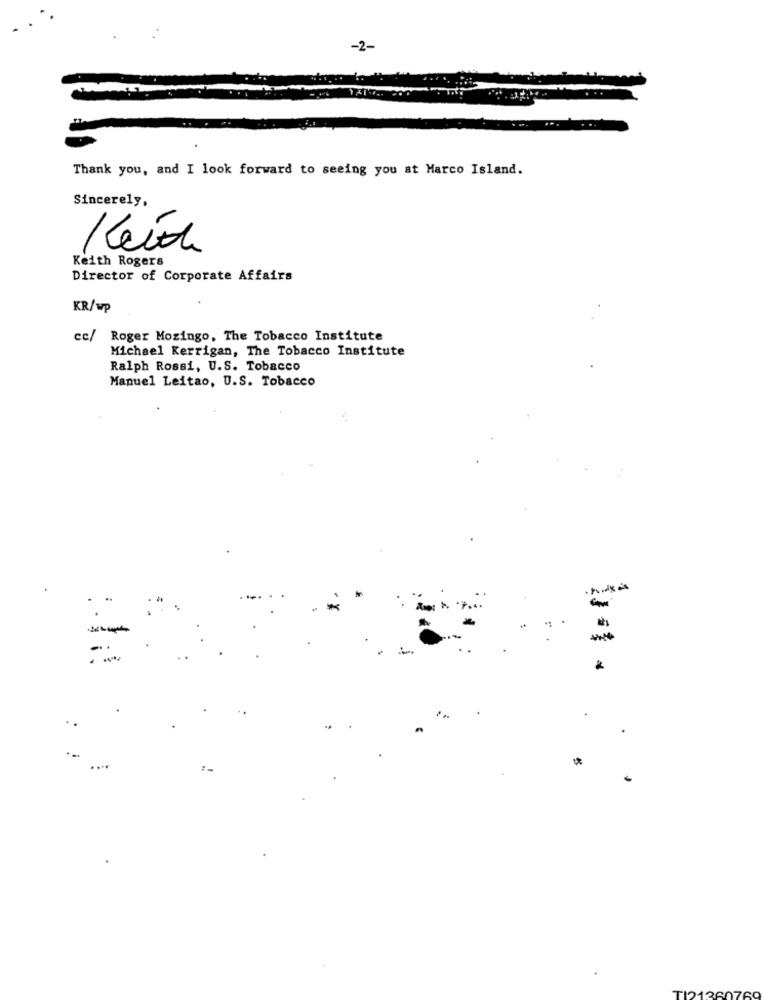
Thank you, and I look forward to seeing you at Marco Island.
Sincerely,
Keit
Keith Rogers
Director of Corporate Affairs
KR/wp
cc/ Roger Mozingo, The Tobacco Institute
Michael Kerrigan, The Tobacco Institute
Ralph Rossi, U.S. Tobacco
Manuel Leitao, U.S. Tobacco
.
+-
12136